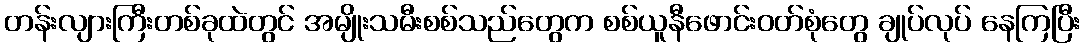
တန်းလျားကြီးတစ်ခုထဲတွင် အမျိုးသမီးစစ်သည်တွေက စစ်ယူနီဖောင်းဝတ်စုံတွေ ချုပ်လုပ် နေကြပြီး